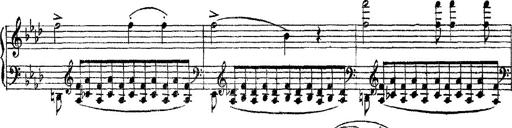
Title: 3 sonetti di Petrarca
Composer: Franz Liszt